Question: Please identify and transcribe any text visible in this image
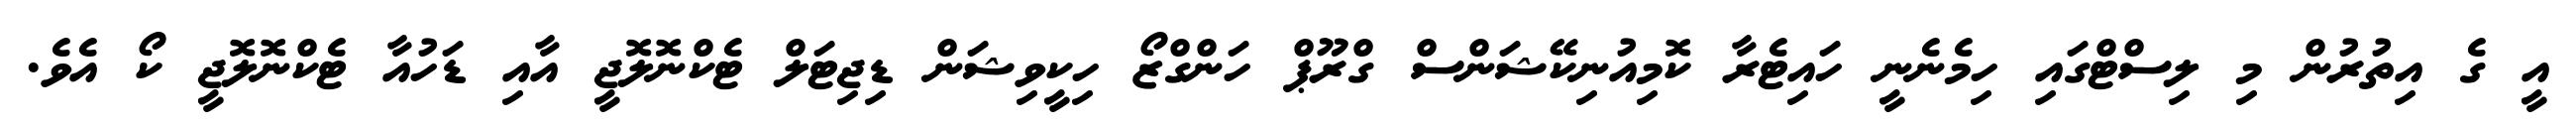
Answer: އީ ގެ އިތުރުން މި ލިސްޓްގައި ހިމެނެނީ ހައިޓެރާ ކޮމިއުނިކޭޝަންސް ގްރޫޕް ހަންގްޒޯ ހިކީވިޝަން ޑިޖިޓަލް ޓެކްނޮލޮޖީ އާއި ޑަހުއާ ޓެކްނޮލޮޖީ ކޯ އެވެ.